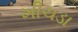
ખીચડા